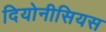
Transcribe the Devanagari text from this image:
दियोनीसियस